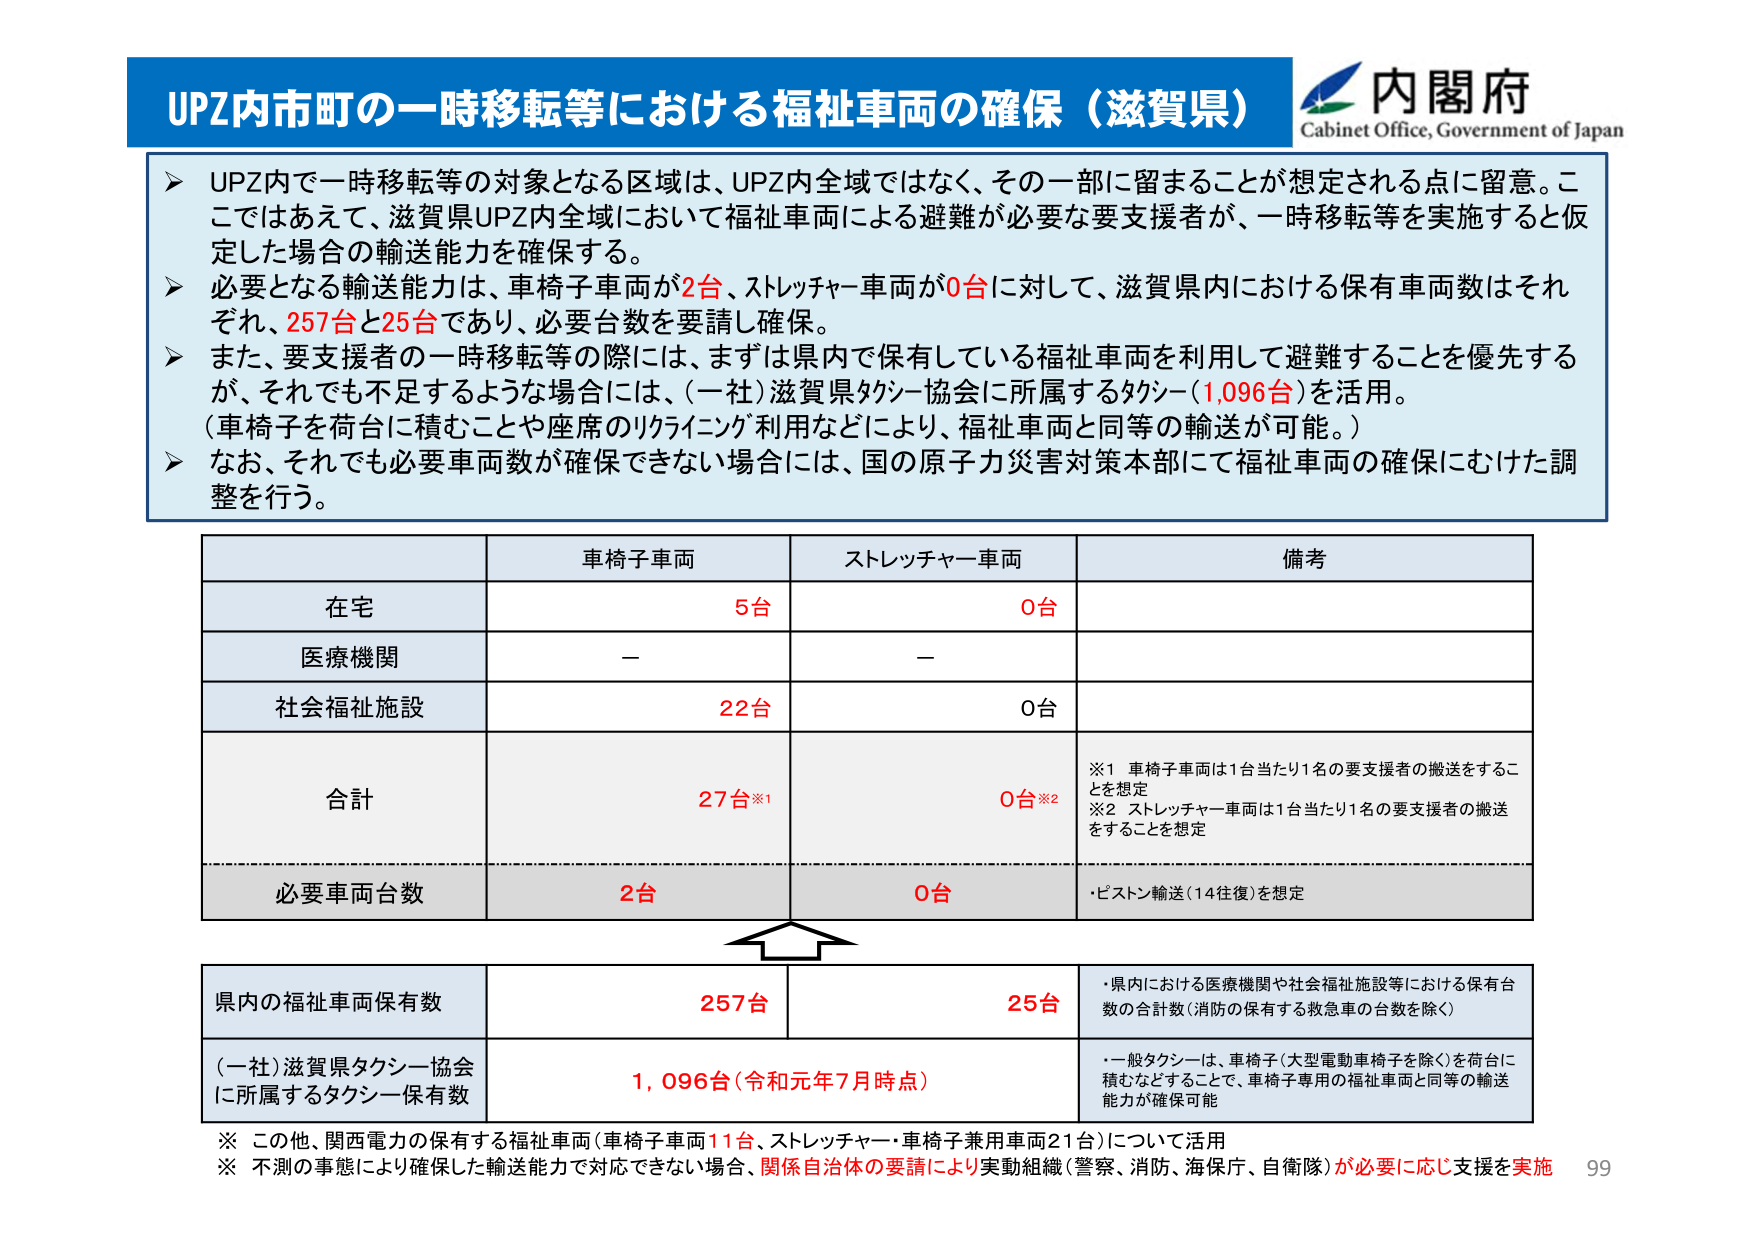
UPZ内市町の一時移転等における福祉車両の確保（滋賀県）
内閣府
Cabinet Office, Government of Japan

➤ UPZ内で一時移転等の対象となる区域は、UPZ内全域ではなく、その一部に留まることが想定される点に留意。ここではあえて、滋賀県UPZ内全域において福祉車両による避難が必要な要支援者が、一時移転等を実施すると仮定した場合の輸送能力を確保する。
➤ 必要となる輸送能力は、車椅子車両が2台、ストレッチャー車両が0台に対して、滋賀県内における保有車両数はそれぞれ、257台と25台であり、必要台数を要請し確保。
➤ また、要支援者の一時移転等の際には、まずは県内で保有している福祉車両を利用して避難することを優先するが、それでも不足するような場合には、（一社）滋賀県タクシー協会に所属するタクシー（1,096台）を活用。
（車椅子を荷台に積むことや座席のリクライニング利用などにより、福祉車両と同等の輸送が可能。）
➤ なお、それでも必要車両数が確保できない場合には、国の原子力災害対策本部にて福祉車両の確保にむけた調整を行う。

車椅子車両　　ストレッチャー車両　　備考
在宅　　　　　5台　　　　　　　0台
医療機関　　　－　　　　　　　　－
社会福祉施設　22台　　　　　　0台
合計　　　　　27台※1　　　　　0台※2
　　　　　　　　　　　　　　　※1 車椅子車両は1台当たり1名の要支援者の搬送をすることを想定
　　　　　　　　　　　　　　　※2 ストレッチャー車両は1台当たり1名の要支援者の搬送をすることを想定
必要車両台数　2台　　　　　　0台　　　　　・ピストン輸送（14往復）を想定

県内の福祉車両保有数　　　　　257台　　　　　25台　　　　　・県内における医療機関や社会福祉施設等における保有台数の合計数（消防の保有する救急車の台数を除く）
（一社）滋賀県タクシー協会に所属するタクシー保有数　1,096台（令和元年7月時点）　　　・一般タクシーは、車椅子（大型電動車椅子を除く）を荷台に積むなどすることで、車椅子専用の福祉車両と同等の輸送能力が確保可能

※ この他、関西電力の保有する福祉車両（車椅子車両11台、ストレッチャー・車椅子兼用車両21台）について活用
※ 不測の事態により確保した輸送能力で対応できない場合、関係自治体の要請により実動組織（警察、消防、海保庁、自衛隊）が必要に応じ支援を実施
99